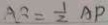
A B = \frac { 1 } { 2 } A P